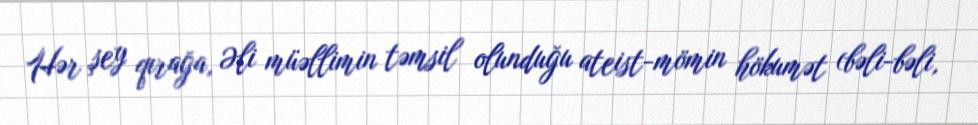
Hər şey qırağa, Əli müəllimin təmsil olunduğu ateist-mömin hökumət (bəli-bəli,